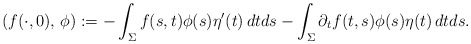
\begin{align*}(f(\cdot,0),\,\phi):=-\int_{\Sigma}f(s,t)\phi(s)\eta'(t)\,dtds-\int_{\Sigma}\partial_tf(t,s)\phi(s)\eta(t)\,dtds.\end{align*}